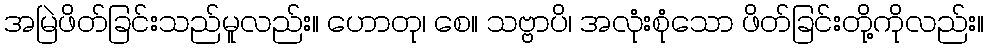
အမြဲဖိတ်ခြင်းသည်မူလည်း။ ဟောတု၊ စေ။ သဗ္ဗာပိ၊ အလုံးစုံသော ဖိတ်ခြင်းတို့ကိုလည်း။